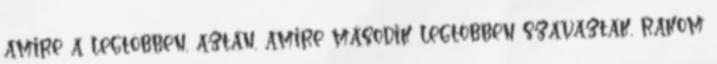
amire a legtöbben, aztán, amire második legtöbben szavaztak, rakom